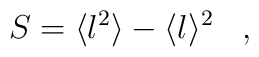
S = \langle l^2\rangle - \langle l \rangle^2\,\,\,\,\,,\,\,\,\,\,